Madras plague regulations in force outside the Presidency town - Volume 5
Disease focus: Plague
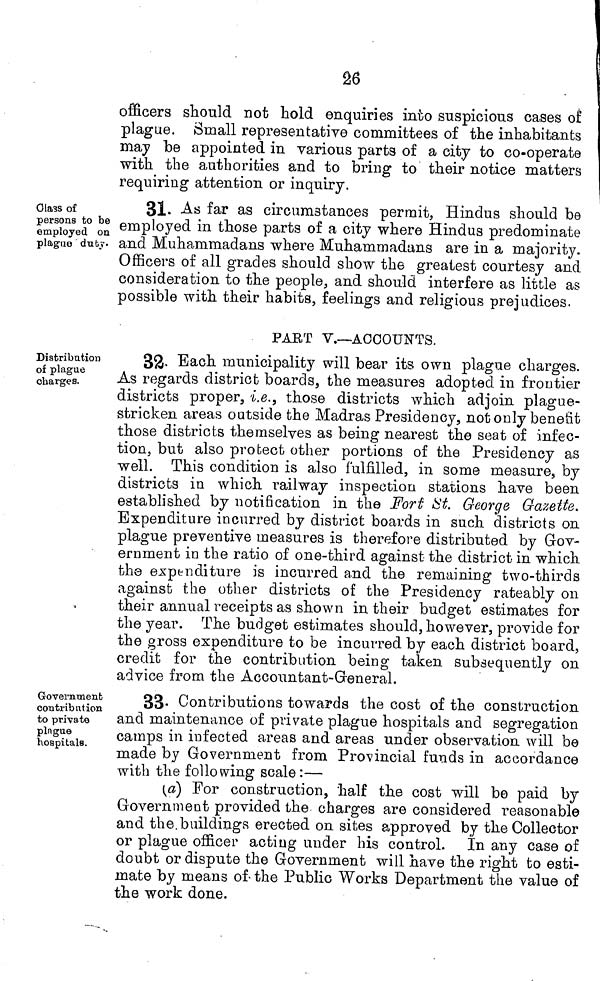
26
officers should not hold enquiries into suspicious cases of
plague. ¡Small representative committees of the inhabitants
may be appointed in various parts of a city to co-operate
with the authorities and to bring to their notice matters
requiring attention or inquiry.
Class of
persons to be
employed on
plague dub?.
31. As far as circumstances permit, Hindus should be
employed in those parts of a city where Hindus predominate
and Muhammadans where Muhammadans are in a majority.
Officers of all grades should show the greatest courtesy and
consideration to the people, and should interfere as little as
possible with their habits, feelings and religious prejudices.
PART V.—-ACCOUNTS.
Distribution
of plague
charges.
32- Each municipality will bear its own plague charges.
As regards district boards, the measures adopted in frontier
districts proper, i.e., those districts which adjoin plague-
stricken areas outside the Madras Presidency, not only benefit
those districts themselves as being nearest the seat of infec-
tion, but also protect other portions of the Presidency as
well. This condition is also fulfilled, in some measure, by
districts in which railway inspection stations have been
established by notification in the Forf ¿it. George Gazette.
Expenditure incurred by district boards in such districts on
plague preventive measures is therefore distributed by Gov-
ernment in the ratio of one-third against the district in which
the expenditure is incurred and the remaining two-thirds
against the other districts of the Presidency rateably on
their annual receipts as shown in their budget estimates for
the year. The budget estimates should, however, provide for
the gross expenditure to be incurred by each district board,
credit for the contribution being taken subsequently on
advice from the Accountant-General.
Govern tnenb
contribution
to private
pingue
hospitals.
33- Contributions towards the cost of the construction
and maintenance of private plague hospitals and segregation
camps in infected areas and areas under observation will be
made by Government from Provincial funds in accordance
with the following scale:—
(a) For construction, half the cost will be paid by
Government provided the charges are considered reasonable
and the.buildings erected on sites approved by the Collector
or plague officer actiug under his control. In any case of
doubt or dispute the Government will have the right to esti-
mate by means of- the Public Works Department the value of
the work done.